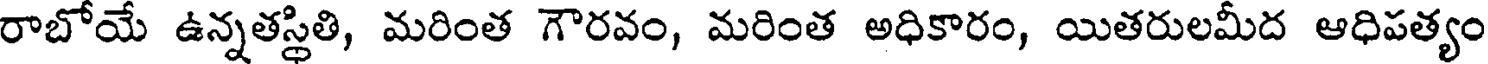
రాబోయే ఉన్నతస్థితి, మరింత గౌరవం, మరింత అధికారం, యితరులమీద ఆధిపత్యం